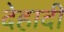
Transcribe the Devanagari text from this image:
देहादी